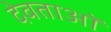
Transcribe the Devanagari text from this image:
देवताऑ